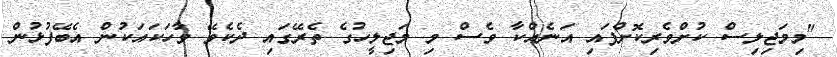
"މިމަޖިލިސް ކުށްވެރިކޮށްފައި އަނެއްކާ ވެސް މި މަޖިލީހުގެ ތެރޭގައި ދެކެވޭ ވާހަކައަކުން އެބޭފުޅުން